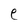
Character: e